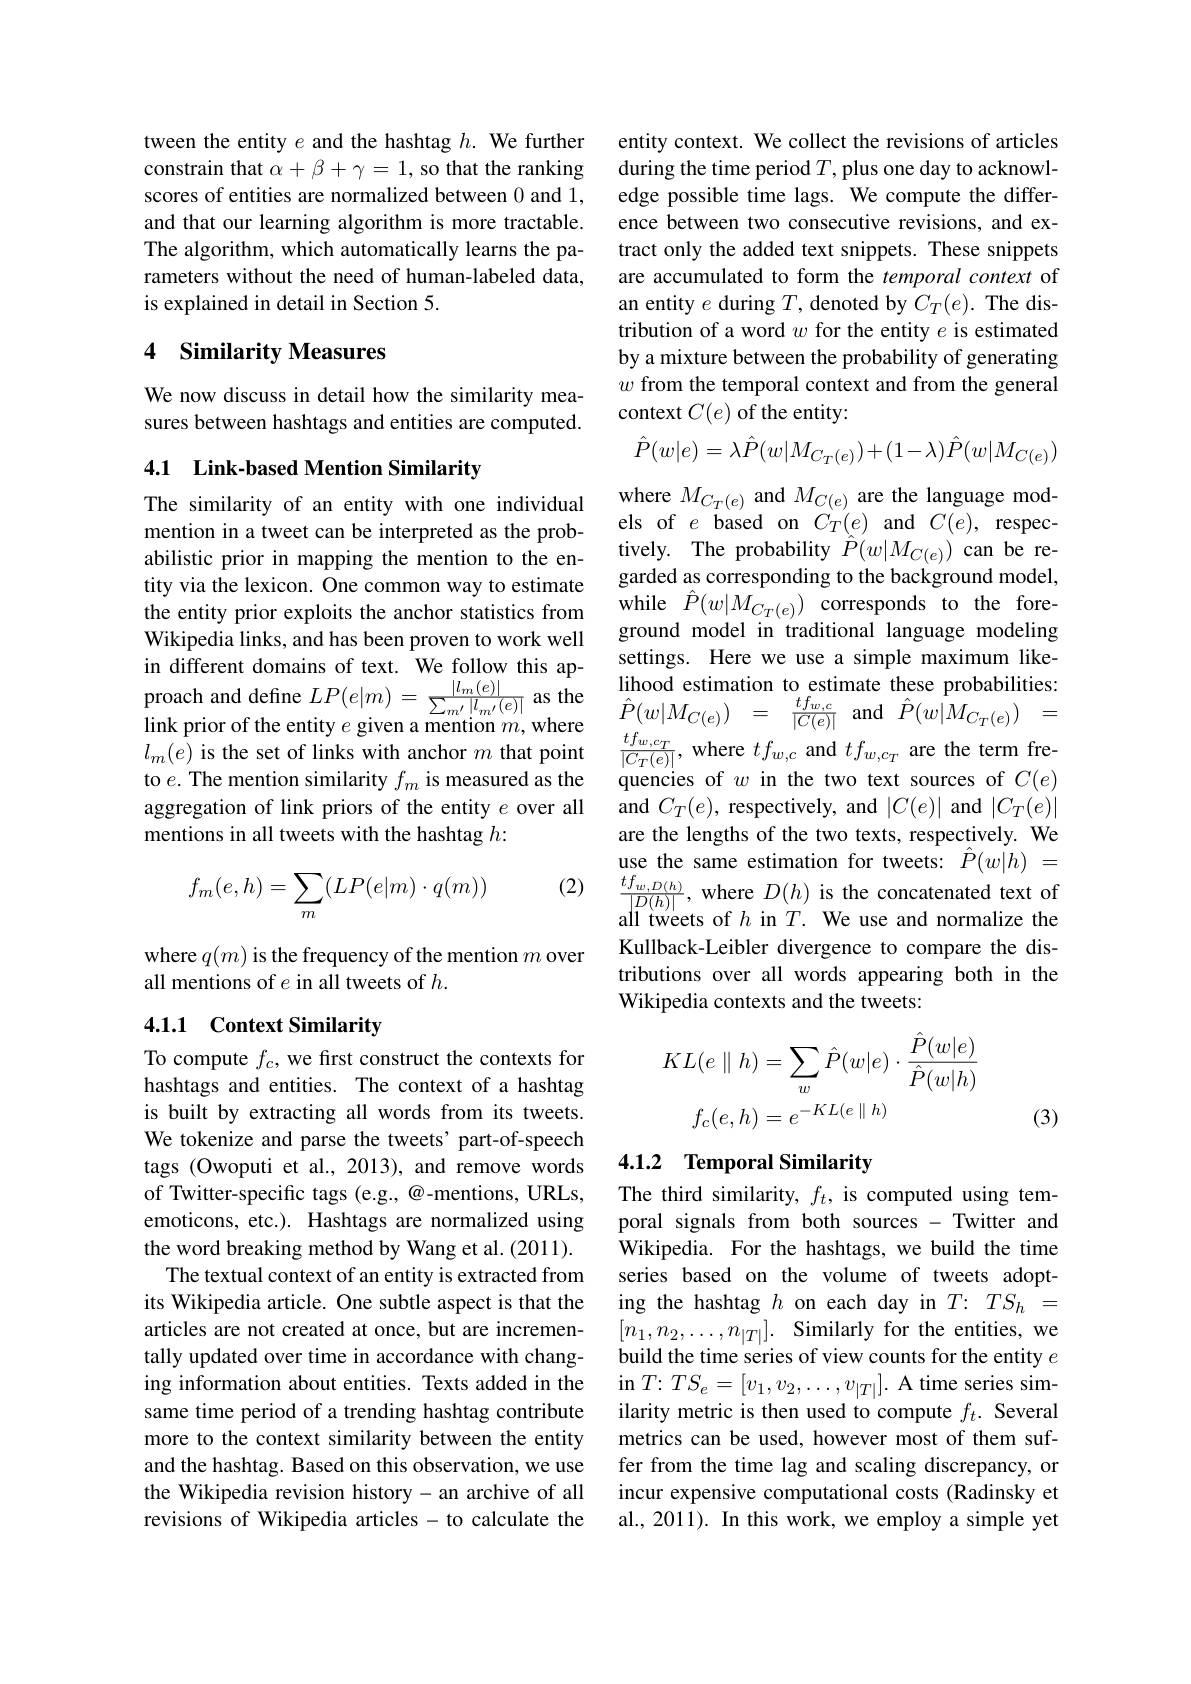
tween the entity $e$ and the hashtag $h.$ We further constrain that $\alpha+\beta+\gamma=1$, so that the ranking scores of entities are normalized between 0 and 1, and that our learning algorithm is more tractable. The algorithm, which automatically learns the parameters without the need of human-labeled data, is explained in detail in Section 5.

## 4 Similarity Measures

We now discuss in detail how the similarity measures between hashtags and entities are computed.

## 4.1 Link-based Mention Similarity

The similarity of an entity with one individual mention in a tweet can be interpreted as the probabilistic prior in mapping the mention to the entity via the lexicon. One common way to estimate the entity prior exploits the anchor statistics from Wikipedia links, and has been proven to work well in different domains of text. We follow this ap- $\begin{array}{rcl}\text{proach and define }LP(e|m)=\frac{|l_{m}(e)|}{\sum_{mm}^{|l_{m}/(e)|}\text{a sthe}}&&\text{lihood estimation to estimate these probabilities:}\\\text{link prior of the entity }e\text{ given a mention }m,\text{where}&\hat{P}(w|M_{C(e)})&=&\hat{P}(w|M_{C(e)})&=\\l_{m}(e)\text{ is the set of li}\end{array}$
aggregation of link priors of the entity $e$ over all
mentions in all tweets with the hashtag $h:$
$$f_m(e,h)=\sum_m(LP(e|m)\cdot q(m))$$
where $q(m)$ is the frequency of the mention $m$ over
all mentions of $e$ in all tweets of $h.$

## 4.1.1 Context Similarity

To compute $f_c$, we first construct the contexts for hashtags and entities. The context of a hashtag is built by extracting all words from its tweets. We tokenize and parse the tweets' part-of-speech tags (Owoputi et al., 2013), and remove words of Twitter-specific tags (e.g.,@-mentions, URLs, emoticons, etc.). Hashtags are normalized using the word breaking method by Wang et al. (2011).
The textual context of an entity is extracted from its Wikipedia article. One subtle aspect is that the articles are not created at once, but are incrementally updated over time in accordance with changing information about entities. Texts added in the same time period of a trending hashtag contribute more to the context similarity between the entity and the hashtag. Based on this observation, we use the Wikipedia revision history- an archive of all revisions of Wikipedia articles - to calculate the

entity context. We collect the revisions of articles during the time period $T$, plus one day to acknowledge possible time lags. We compute the difference between two consecutive revisions, and extract only the added text snippets. These snippets are accumulated to form the temporal context of an entity $e$ during $T$, denoted by $C_T(e).$ The distribution of a word $w$ for the entity $e$ is estimated by a mixture between the probability of generating $w$ from the temporal context and from the general context $C(e)$ of the entity:
$$\hat{P}(w|e)=\lambda\hat{P}(w|M_{C_{T}(e)})+(1-\lambda)\hat{P}(w|M_{C(e)})$$
where $M_{C_{T}(e)}$ and $M_{C(e)}$ are the language models of $e$ based on $C_T(e)$ and $C(e)$, respectively. The probability $\hat{P}(w|M_{C(e)})$ can be regarded as corresponding to the background model, while $\hat{P} ( w| M_{C_{T}( e) })$correspondsto the foreground model in traditional language modeling settings. Here we use a simple maximum likelihood estimation to estimate these probabilities: and $C_T(e)$, respectively, and $|C(e)|$ and $|C_T(e)|$ are the lengths of the two texts, respectively. We use the same estimation for tweets: $\hat{P}(w|h)~=$
(2) $\frac {tf_{w, D( h) }}{| D( h) | }$,where $D(h)$ is the concatenated text of
all tweets of $h$ in $T.$ We use and normalize the Kullback-Leibler divergence to compare the distributions over all words appearing both in the Wikipedia contexts and the tweets:
$$KL(e\parallel h)=\sum_{w}\hat{P}(w|e)\cdot\frac{\hat{P}(w|e)}{\hat{P}(w|h)}\\f_{c}(e,h)=e^{-KL(e\parallel h)}$$
(3)

## 4.1.2 Temporal Similarity

The third similarity, $f_t$, is computed using temporal signals from both sources - Twitter and Wikipedia. For the hashtags, we build the time series based on the volume of tweets adopting the hashtag $h$ on each day in $T{:}TS_{h}=$ $[ n_{1}, n_{2}, \ldots , n_{| T| }] .$ Similarly for the entities, we build the time series of view counts for the entity $e$ in $T{: }TS_{e}= [ v_{1}, v_{2}, \ldots , v_{| T| }] .$ A time series similarity metric is then used to compute $f_t.$ Several metrics can be used, however most of them suffer from the time lag and scaling discrepancy, or incur expensive computational costs (Radinsky et al., 2011). In this work, we employ a simple yet